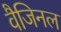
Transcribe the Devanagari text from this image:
वैजिनल